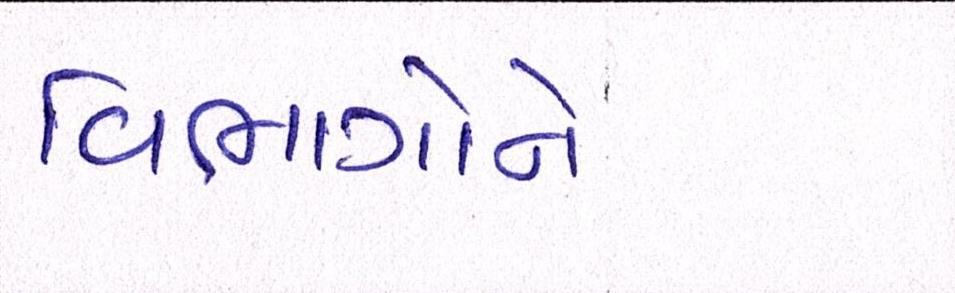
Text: વિભાગોને